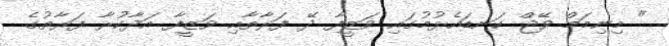
" މިނިމަމް ވޭޖް ކަނޑައެޅުމުގައި ވަޒީފާ ދޭ ފަރާތާއި ވަޒީފާ އަދާކުރާ ފަރާތުގެ